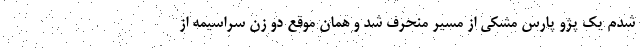
شدم یک پژو پارس مشکی از مسیر منحرف شد و همان موقع دو زن سراسیمه از